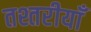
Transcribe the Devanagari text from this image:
तश्तरीयाँ